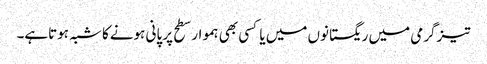
تیزگرمی میں ریگستانوں میں یا کسی بھی ہموار سطح پر پانی ہونےکا شبہ ہوتاہے۔